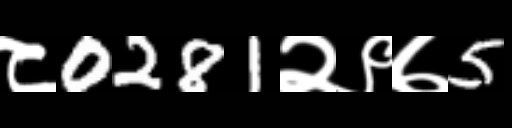
Text: ८0281२९७5